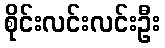
စိုင်းလင်းလင်းဦး